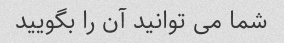
شما می توانید آن را بگویید